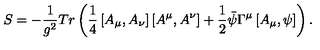
S = - \frac { 1 } { g ^ { 2 } } T r \left( \frac { 1 } { 4 } \left[ A _ { \mu } , A _ { \nu } \right] \left[ A ^ { \mu } , A ^ { \nu } \right] + \frac { 1 } { 2 } \bar { \psi } \Gamma ^ { \mu } \left[ A _ { \mu } , \psi \right] \right) .